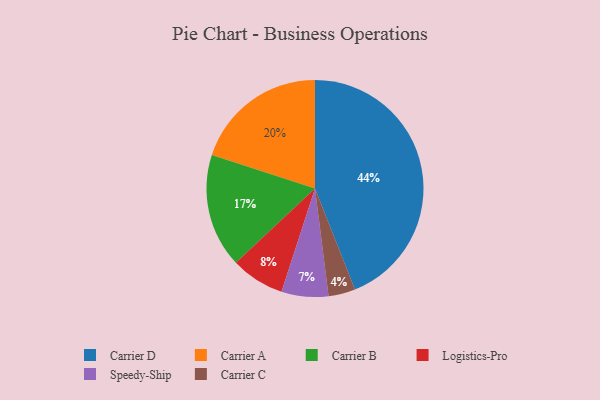
{"axis": {"x": "Category", "y": "Percentage"}, "legend": ["Carrier A", "Carrier B", "Carrier C", "Carrier D", "Logistics-Pro", "Speedy-Ship"], "data": [{"x": "Carrier B", "y": 17, "type": "Carrier B"}, {"x": "Speedy-Ship", "y": 7, "type": "Speedy-Ship"}, {"x": "Carrier A", "y": 20, "type": "Carrier A"}, {"x": "Carrier D", "y": 44, "type": "Carrier D"}, {"x": "Logistics-Pro", "y": 8, "type": "Logistics-Pro"}, {"x": "Carrier C", "y": 4, "type": "Carrier C"}]}